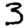
Digit: 3